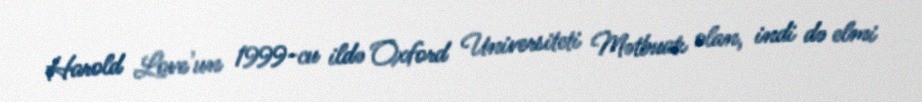
Harold Love'un 1999-cu ildə Oxford Universiteti Mətbuatı olan, indi də elmi